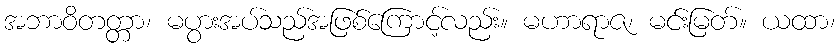
အဘာဝိတတ္တာ၊ မပွားအပ်သည်အဖြစ်ကြောင့်လည်း။ မဟာရာဇ၊ မင်းမြတ်။ ယထာ၊